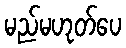
မည်မဟုတ်ပေ